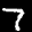
Label: 7